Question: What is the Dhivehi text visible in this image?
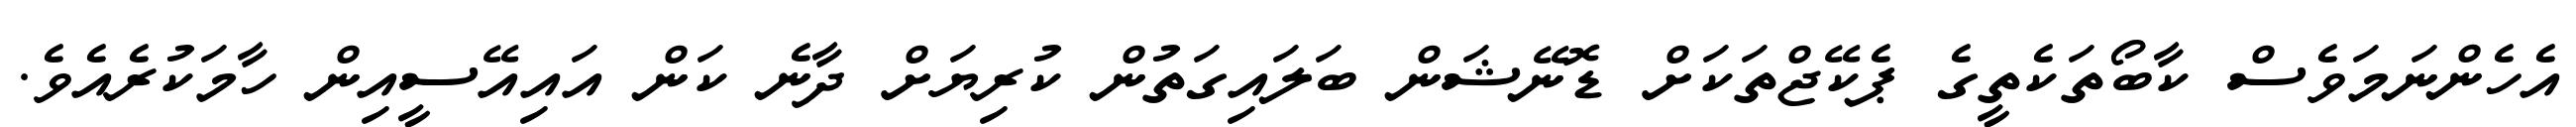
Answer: އެހެންނަމަވެސް ކާބޯތަކެތީގެ ޕެކޭޖްތަކަށް ޑޮނޭޝަން ބަލައިގަތުން ކުރިޔަށް ދާނެ ކަން އައިއޭސީއިން ހާމަކުރެއެވެ.